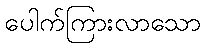
ပေါက်ကြားလာသော